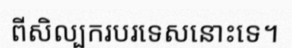
ពីសិល្បករបរទេសនោះទេ។